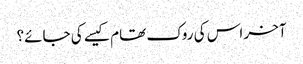
آخر اس کی روک تھام کیسے کی جائے؟